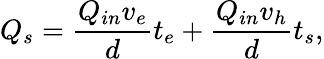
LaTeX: Q_{s}=\frac{Q_{in}v_{e}}{d}t_{e}+\frac{Q_{in}v_{h}}{d}t_{s},